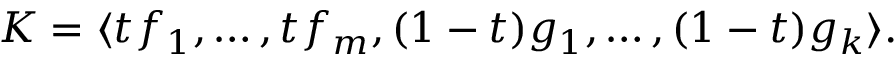
K = \langle t f _ { 1 } , \ldots , t f _ { m } , ( 1 - t ) g _ { 1 } , \ldots , ( 1 - t ) g _ { k } \rangle .